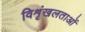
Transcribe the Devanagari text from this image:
विशृंखलताओं